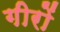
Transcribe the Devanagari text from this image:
गीरों